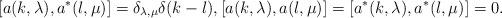
LaTeX: \begin{align*}[a(k,\lambda), a^*(l,\mu) ] &= \delta_{\lambda,\mu} \delta(k-l), [a(k,\lambda), a(l,\mu) ] = [a^*(k,\lambda), a^*(l,\mu) ] = 0.\end{align*}